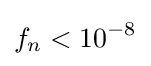
f_{n}<10^{-8}